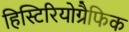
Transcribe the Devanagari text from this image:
हिस्टिरियोग्रैफिक